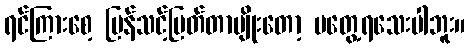
ရင်ကြားစေ့ ပြန်သင့်မြတ်တာမျိုးတော့ မတွေ့ရသေးပါဘူး။